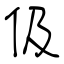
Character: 伋